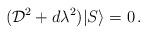
LaTeX: \begin{align*}({\cal D}^2+d\lambda^2)|S\rangle=0\,.\end{align*}